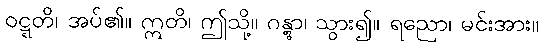
ဝဋ္ဋတိ၊ အပ်၏။ ဣတိ၊ ဤသို့။ ဂန္တွာ၊ သွား၍။ ရညော၊ မင်းအား။